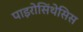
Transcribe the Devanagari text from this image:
पाइरोसिंथेसिस